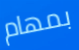
بمهام